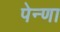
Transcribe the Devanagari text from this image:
पेन्णा